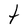
Character: t